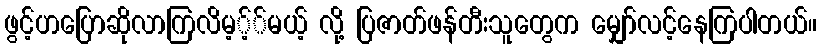
ဖွင့်ဟပြောဆိုလာကြလိမ့့််မယ့် လို့ ပြဇာတ်ဖန်တီးသူတွေက မျှော်လင့်နေကြပါတယ်။